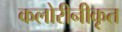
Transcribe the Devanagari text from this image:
कलोरीनीकृत